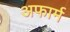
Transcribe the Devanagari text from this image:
अफार्म